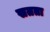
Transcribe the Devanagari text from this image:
सतता